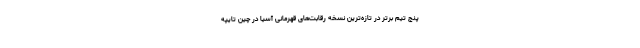
پنج تیم برتر در تازه‌ترین نسخه رقابت‌های قهرمانی آسیا در چین تایپه